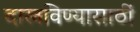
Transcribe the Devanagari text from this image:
दाखविण्यासाठीं